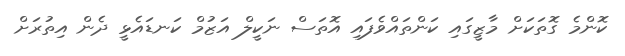
ކޮންމެ ގޮތަކަށް މާޒީގައި ކަންތައްވެފައި އޮތަސް ނަކީލް އަޒުމް ކަނޑައެޅީ ދެން އިތުރަށް